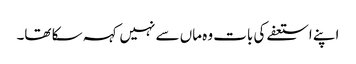
اپنے استعفے کی بات وہ ماں سے نہیں کہہ سکا تھا۔